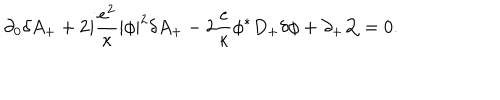
\partial _ { 0 } \delta A _ { + } + 2 i { \frac { e ^ { 2 } } { \kappa } } | \phi | ^ { 2 } \delta A _ { + } - 2 { \frac { e } { \kappa } } \phi ^ { * } D _ { + } \delta \phi + \partial _ { + } { \cal Q } = 0 .